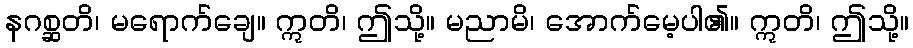
နဂစ္ဆတိ၊ မရောက်ချေ။ ဣတိ၊ ဤသို့။ မညာမိ၊ အောက်မေ့ပါ၏။ ဣတိ၊ ဤသို့။